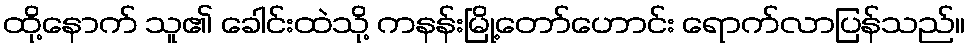
ထို့နောက် သူ၏ ခေါင်းထဲသို့ ကနန်းမြို့တော်ဟောင်း ရောက်လာပြန်သည်။